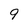
Character: 9